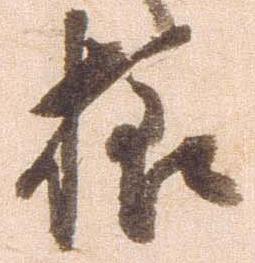
様